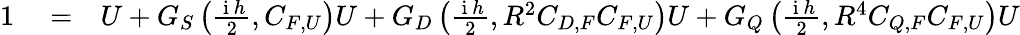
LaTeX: \begin{array}{rlr}{1}&{{}=}&{U+G_{S}\left(\frac{\mathrm{~i~}h}{2},C_{F,U}\right)U+G_{D}\left(\frac{\mathrm{~i~}h}{2},R^{2}C_{D,F}C_{F,U}\right)U+G_{Q}\left(\frac{\mathrm{~i~}h}{2},R^{4}C_{Q,F}C_{F,U}\right)U}\end{array}